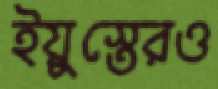
ইয়ুস্তেরও